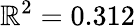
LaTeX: \mathbb{R}^{2}=0.312